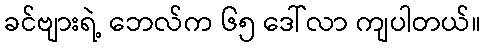
ခင်ဗျားရဲ့ ဘေလ်က ၆၅ ဒေါ်လာ ကျပါတယ်။